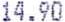
14.90